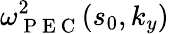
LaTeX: \omega_{\mathrm{~P~E~C~}}^{2}(s_{0},k_{y})